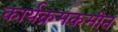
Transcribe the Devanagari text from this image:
कार्यक्रमकमीत